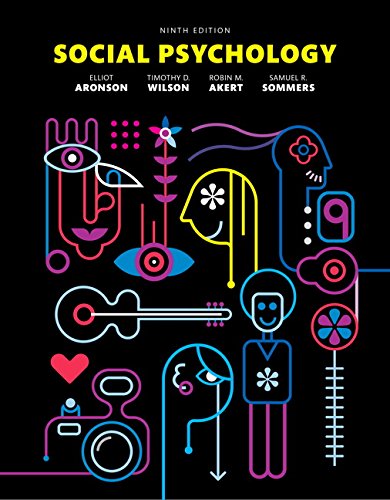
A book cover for Social Psychology (9th Edition); Elliot Aronson; Medical Books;